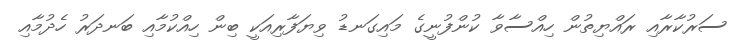
ސަރުކާރާއި ރައްޔިތުން ހިއްސާވާ ކުންފުނީގެ މައިގަނޑު ވިޔަފާރިއަކީ ބިން ހިއްކުމާއި ބަނދަރު ހެދުމާއި